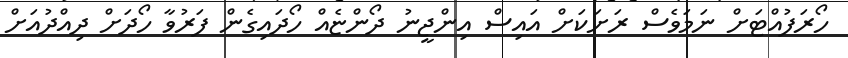
ހޯރަފުއްޓަށް ނަމަވެސް ރަށަކަށް އައިސް އިންޖީނު ދޯންޏެއް ހޯދައިގެން ފަރުވާ ހޯދަށް ދިއްދުއަށް